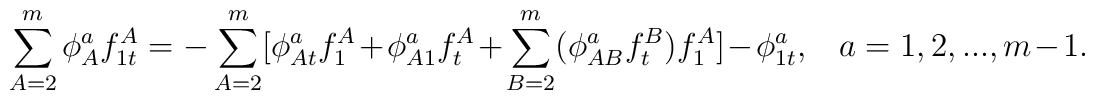
\sum\limits_{A=2}^m\phi _A^af_{1t}^A=-\sum\limits_{A=2}^m[\phi_{At}^af_1^A+\phi _{A1}^af_t^A+\sum\limits_{B=2}^m(\phi_{AB}^af_t^B)f_1^A]-\phi _{1t}^a,\;\;\;a=1,2,...,m-1.